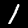
Digit: 1